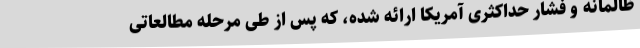
ظالمانه و فشار حداکثری آمریکا ارائه شده، که پس از طی مرحله مطالعاتی